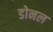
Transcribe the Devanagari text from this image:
डोनल